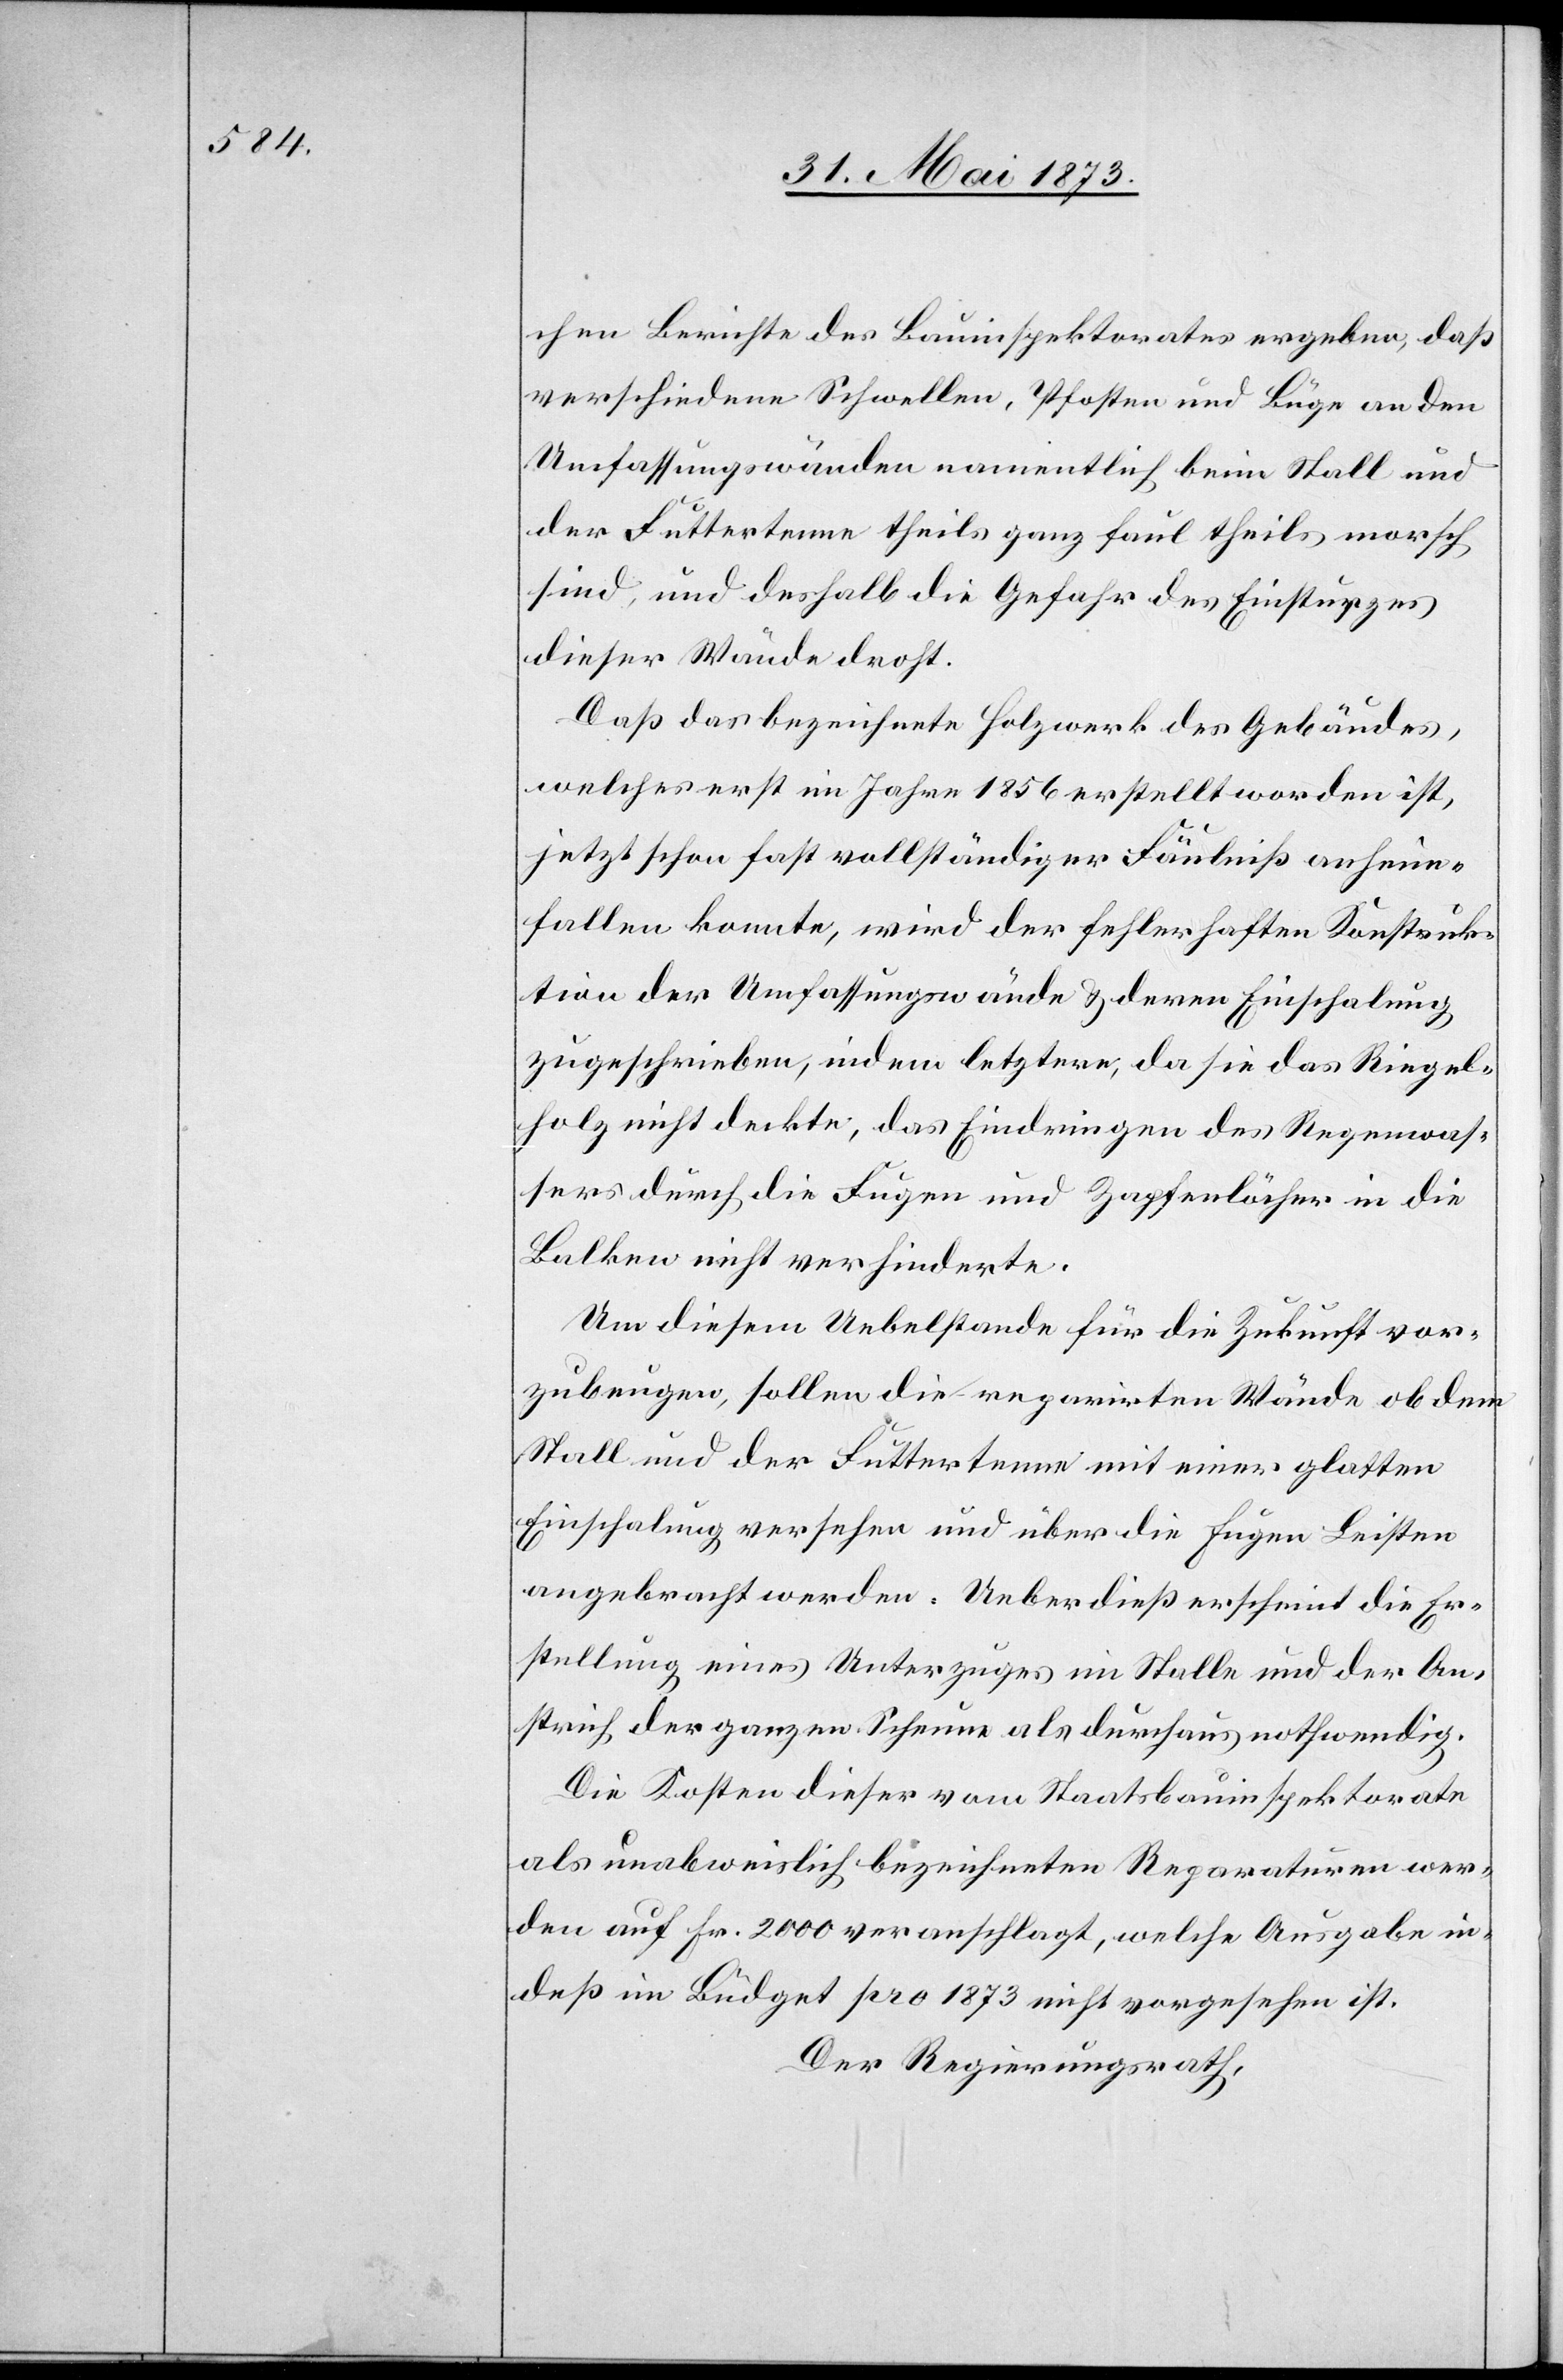
chen Berichte des Bauinspektorates ergeben, daß
verschiedene Schwellen, Pfosten und Büge an den
Umfassungswänden namentlich beim Stall und
der Futtertenne theils ganz faul theils morsch
sind, und deshalb die Gefahr des Einsturzes
dieser Wände droht.
Daß das bezeichnete Holzwerk des Gebäudes,
welches erst im Jahre 1856 erstellt worden ist,
jetzt schon fast vollständiger Fäulniß anheim¬
fallen konnte, wird der fehlerhaften Konstruk¬
tion der Umfassungswände & deren Einschalung
zugeschrieben, indem letztere, da sie das Riegel¬
holz nicht deckte, das Eindringen des Regenwas¬
sers durch die Fugen und Zapfenlöcher in die
Balken nicht verhinderte.
Um diesem Uebelstande für die Zukunft vor¬
zubeugen, sollen die reparirten Wände ob dem
Stall und der Futtertenne mit einer glatten
Einschalung versehen und über die Fugen Leisten
angebracht werden. Ueberdieß erscheint die Er¬
stellung eines Unterzuges im Stalle und der An¬
strich der ganzen Scheune als durchaus nothwendig.
Die Kosten dieser vom Staatsbauinspektorate
als unabweislich bezeichneten Reparaturen wer¬
den auf Fr. 2 000 veranschlagt, welche Ausgabe in¬
deß im Büdget pro 1873 nicht vorgesehen ist.
Der Regierungsrath,